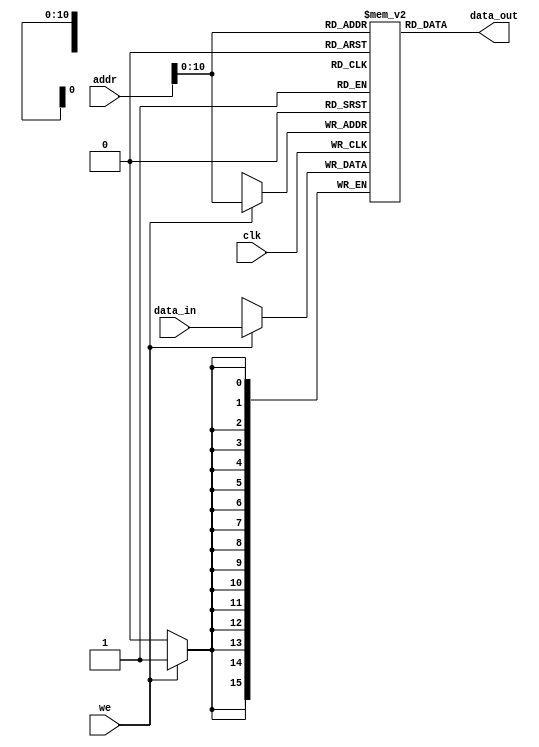
module instr_mem
(
 input 	      clk, we,
 input [15:0] addr, data_in,
 output [15:0] data_out
);
    //synthesis attribute ram_style of mem is distributed
   reg [15:0]   mem[0:2047];
 
   initial begin
   // lhi R2,0
   mem[0] = 16'b110_010_0000000000;
   // add R2,R2,24
   mem[1] = 16'b000_010_010_1_011000;
   // lhi R3,0
   mem[2] = 16'b110_011_0000000000;
   // add R3,R3,7
   mem[3] = 16'b000_011_011_1_000111;
   // add R7,R0,0
   mem[4] = 16'b000_111_000_1_000000;
   // LOOP: sub R2,R2,R3
   mem[5] = 16'b001_010_010_0000_011;
   // bls DONE
   mem[6] = 16'b111_011_0000000011;
   // add R7,R7,1
   mem[7] = 16'b000_111_111_1_000001;
   // ba LOOP
   mem[8] = 16'b111_000_1111111101;
   // DONE: ba DONE
   mem[9] = 16'b111_000_0000000000;
   end
   
   always @(posedge clk)
      if (we)
        mem[addr[10:0]] <= data_in;
    
   assign data_out = mem[addr[10:0]];
   
endmodule // mem